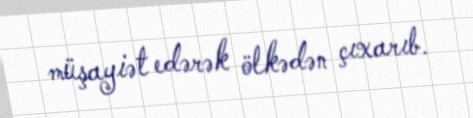
müşayiət edərək ölkədən çıxarıb.